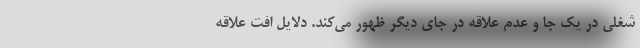
شغلی در یک جا و عدم علاقه در جای دیگر ظهور می‌کند. دلایل افت علاقه